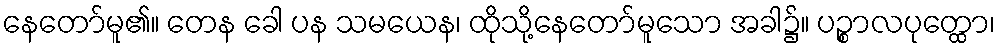
နေတော်မူ၏။ တေန ခေါ ပန သမယေန၊ ထိုသို့နေတော်မူသော အခါ၌။ ပဉ္စာလပုတ္ထော၊